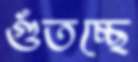
গুঁতচ্ছে